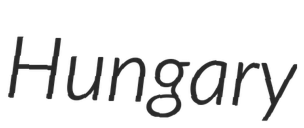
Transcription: Hungary